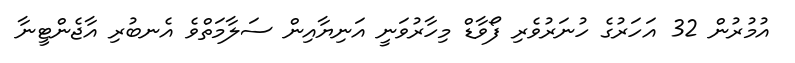
އުމުރުން 32 އަހަރުގެ ހުނަރުވެރި ފޯވާޑް މިހާރުވަނީ އަނިޔާއިން ސަލާމަތްވެ އެނބުރި އާޖެންޓީނާ